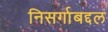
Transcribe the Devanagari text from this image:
निसर्गाबद्दल